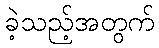
ခဲ့သည့်အတွက်